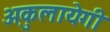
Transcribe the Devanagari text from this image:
अकुलायेगी